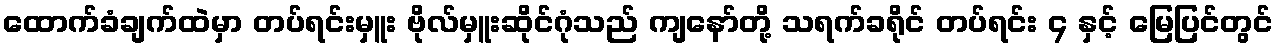
ထောက်ခံချက်ထဲမှာ တပ်ရင်းမှူး ဗိုလ်မှူးဆိုင်ဂုံသည် ကျနော်တို့ သရက်ခရိုင် တပ်ရင်း ၄ နှင့် မြေပြင်တွင်